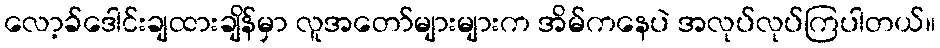
လော့ခ်ဒေါင်းချထားချိန်မှာ လူအတော်များများက အိမ်ကနေပဲ အလုပ်လုပ်ကြပါတယ်။